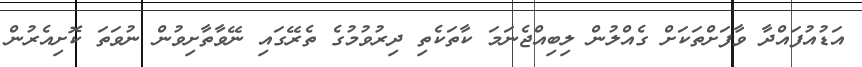
އަޑުއުފައްދާ ވާފަށްތަކަށް ގެއްލުން ލިބިއްޖެނަމަ ކާތަކެތި ދިރުވުމުގެ ތެރޭގައި ނޭވާތާށިވުން ނުވަތަ ކޮށިއެރުން